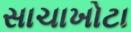
સાચાખોટા